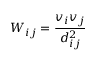
W _ { i j } = \frac { v _ { i } v _ { j } } { d _ { i j } ^ { 2 } }